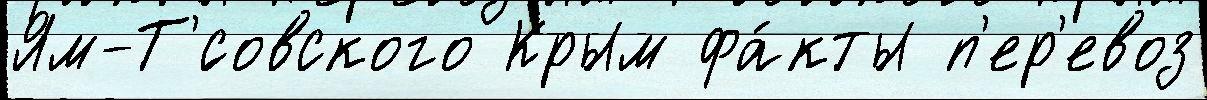
Ям-Т'́совского Крым фа́кты п'ер'евоз